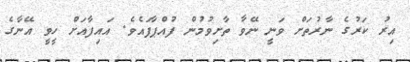
އިރު ކަރުގެ ނާރުތަށް ވަނީ ނޭވާ ތާށިވުމުން ފުއްޕާފައެވެ. އައިފާއަށް ހީވީ އޭނާގެ